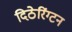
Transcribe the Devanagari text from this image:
दिठेरिंग्टन